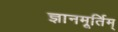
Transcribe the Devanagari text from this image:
ज्ञानमूर्तिम्